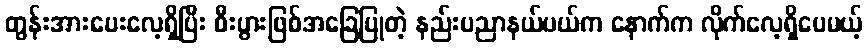
တွန်းအားပေးလေ့ရှိပြီး စီးပွားဖြစ်အခြေပြုတဲ့ နည်းပညာနယ်ပယ်က နောက်က လိုက်လေ့ရှိပေမယ့်